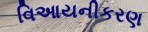
વિઆયનીકરણ